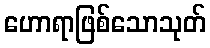
ဟောရာဖြစ်သောသုတ်